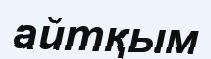
айтқым